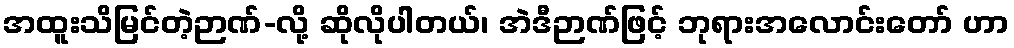
အထူးသိမြင်တဲ့ဉာဏ်-လို့ ဆိုလိုပါတယ်၊ အဲဒီဉာဏ်ဖြင့် ဘုရားအလောင်းတော် ဟာ